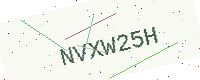
Text: NVXW25H